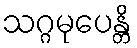
သဂ္ဂမုပေန္တိ